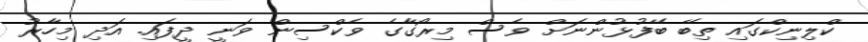
ކްލިނިކްގައި ތިބޭ ބޭފުޅުންނަށް ވެސް މިރޯގާގެ ވެކްސިން ވަނީ ދީފައި. އަދި މިހާރު